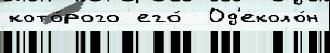
кото́рого его́  Од'еколо́н